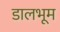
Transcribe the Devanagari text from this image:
डालभूम